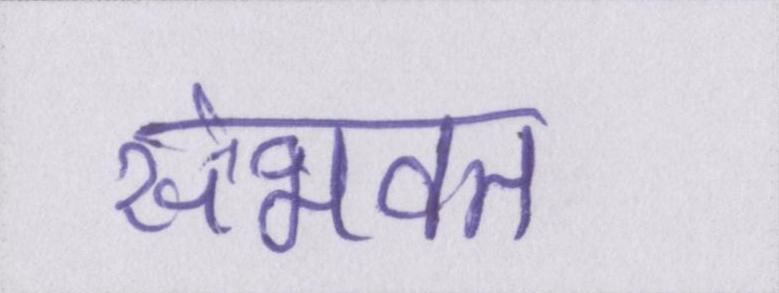
संभवत